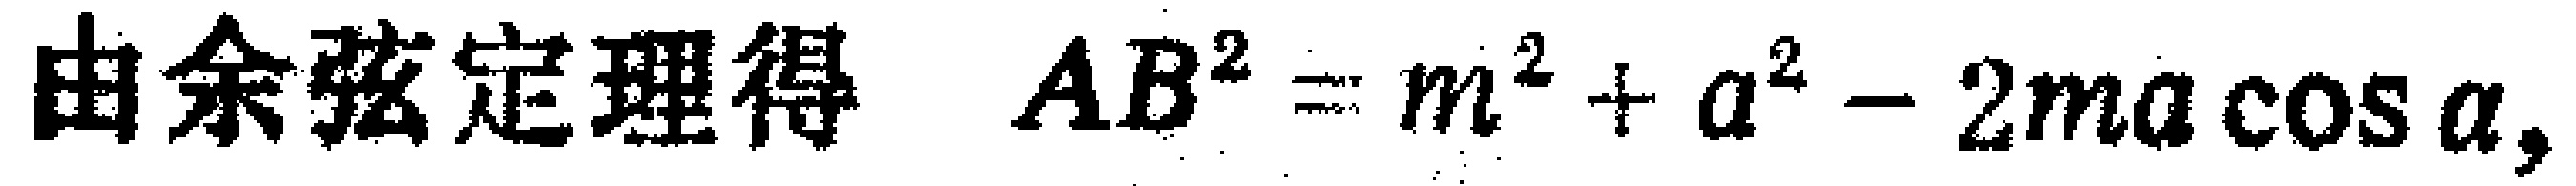
由余弦定理得 \(AB^{2}=m^{2}+a^{2}-2ma\cos\alpha\)